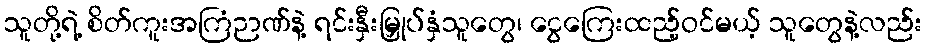
သူတို့ရဲ့ စိတ်ကူးအကြံဉာဏ်နဲ့ ရင်းနှီးမြှုပ်နှံသူတွေ၊ ငွေကြေးထည့်ဝင်မယ့် သူတွေနဲ့လည်း